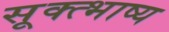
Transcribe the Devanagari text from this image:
सूक्त्भाष्य